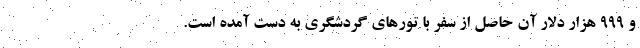
و ۹۹۹ هزار دلار آن حاصل از سفر با تورهای گردشگری به دست آمده است.